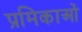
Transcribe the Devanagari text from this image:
प्रमिकाओं